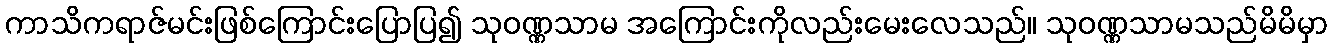
ကာသိကရာဇ်မင်းဖြစ်ကြောင်းပြောပြ၍ သုဝဏ္ဏသာမ အကြောင်းကိုလည်းမေးလေသည်။ သုဝဏ္ဏသာမသည်မိမိမှာ